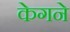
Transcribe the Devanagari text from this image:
केगने